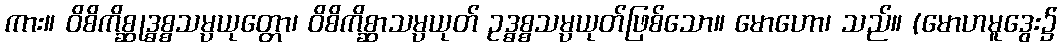
ကား။ ဝိစိကိစ္ဆုဒ္ဓစ္စသမ္ပယုတ္တော၊ ဝိစိကိစ္ဆာသမ္ပယုတ် ဥဒ္ဓစ္စသမ္ပယုတ်ဖြစ်သော။ မောဟော၊ သည်။ (မောဟမူဒွေး၌